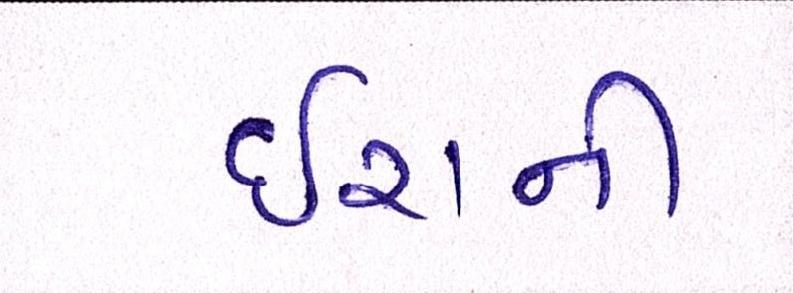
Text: ઈરાની